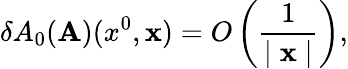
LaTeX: \delta A_{0}({\mathbf A})(x^{0},{\mathbf x})=O\left(\frac{1}{\mid{\mathbf x}\mid}\right),